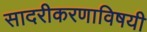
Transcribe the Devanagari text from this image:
सादरीकरणाविषयी